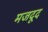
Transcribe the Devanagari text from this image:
मजदूद